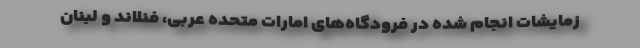
زمایشات انجام شده در فرودگاه‌های امارات متحده عربی، فنلاند و لبنان